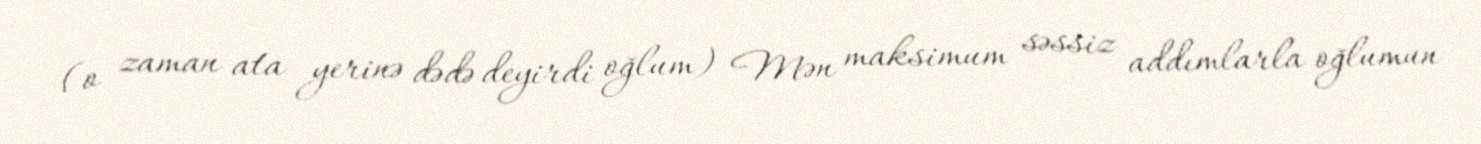
(o zaman ata yerinə dədə deyirdi oğlum) Mən maksimum səssiz addımlarla oğlumun